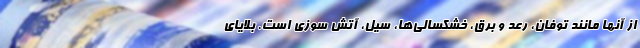
از آنها مانند توفان، رعد و برق، خشکسالی‌ها، سیل، آتش سوزی است. بلایای